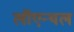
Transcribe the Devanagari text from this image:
लॉएन्थल